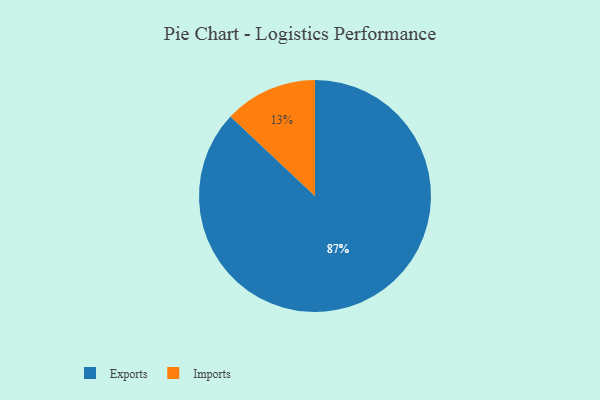
{"axis": {"x": "Category", "y": "Percentage"}, "legend": ["Exports", "Imports"], "data": [{"x": "Exports", "y": 87, "type": "Exports"}, {"x": "Imports", "y": 13, "type": "Imports"}]}